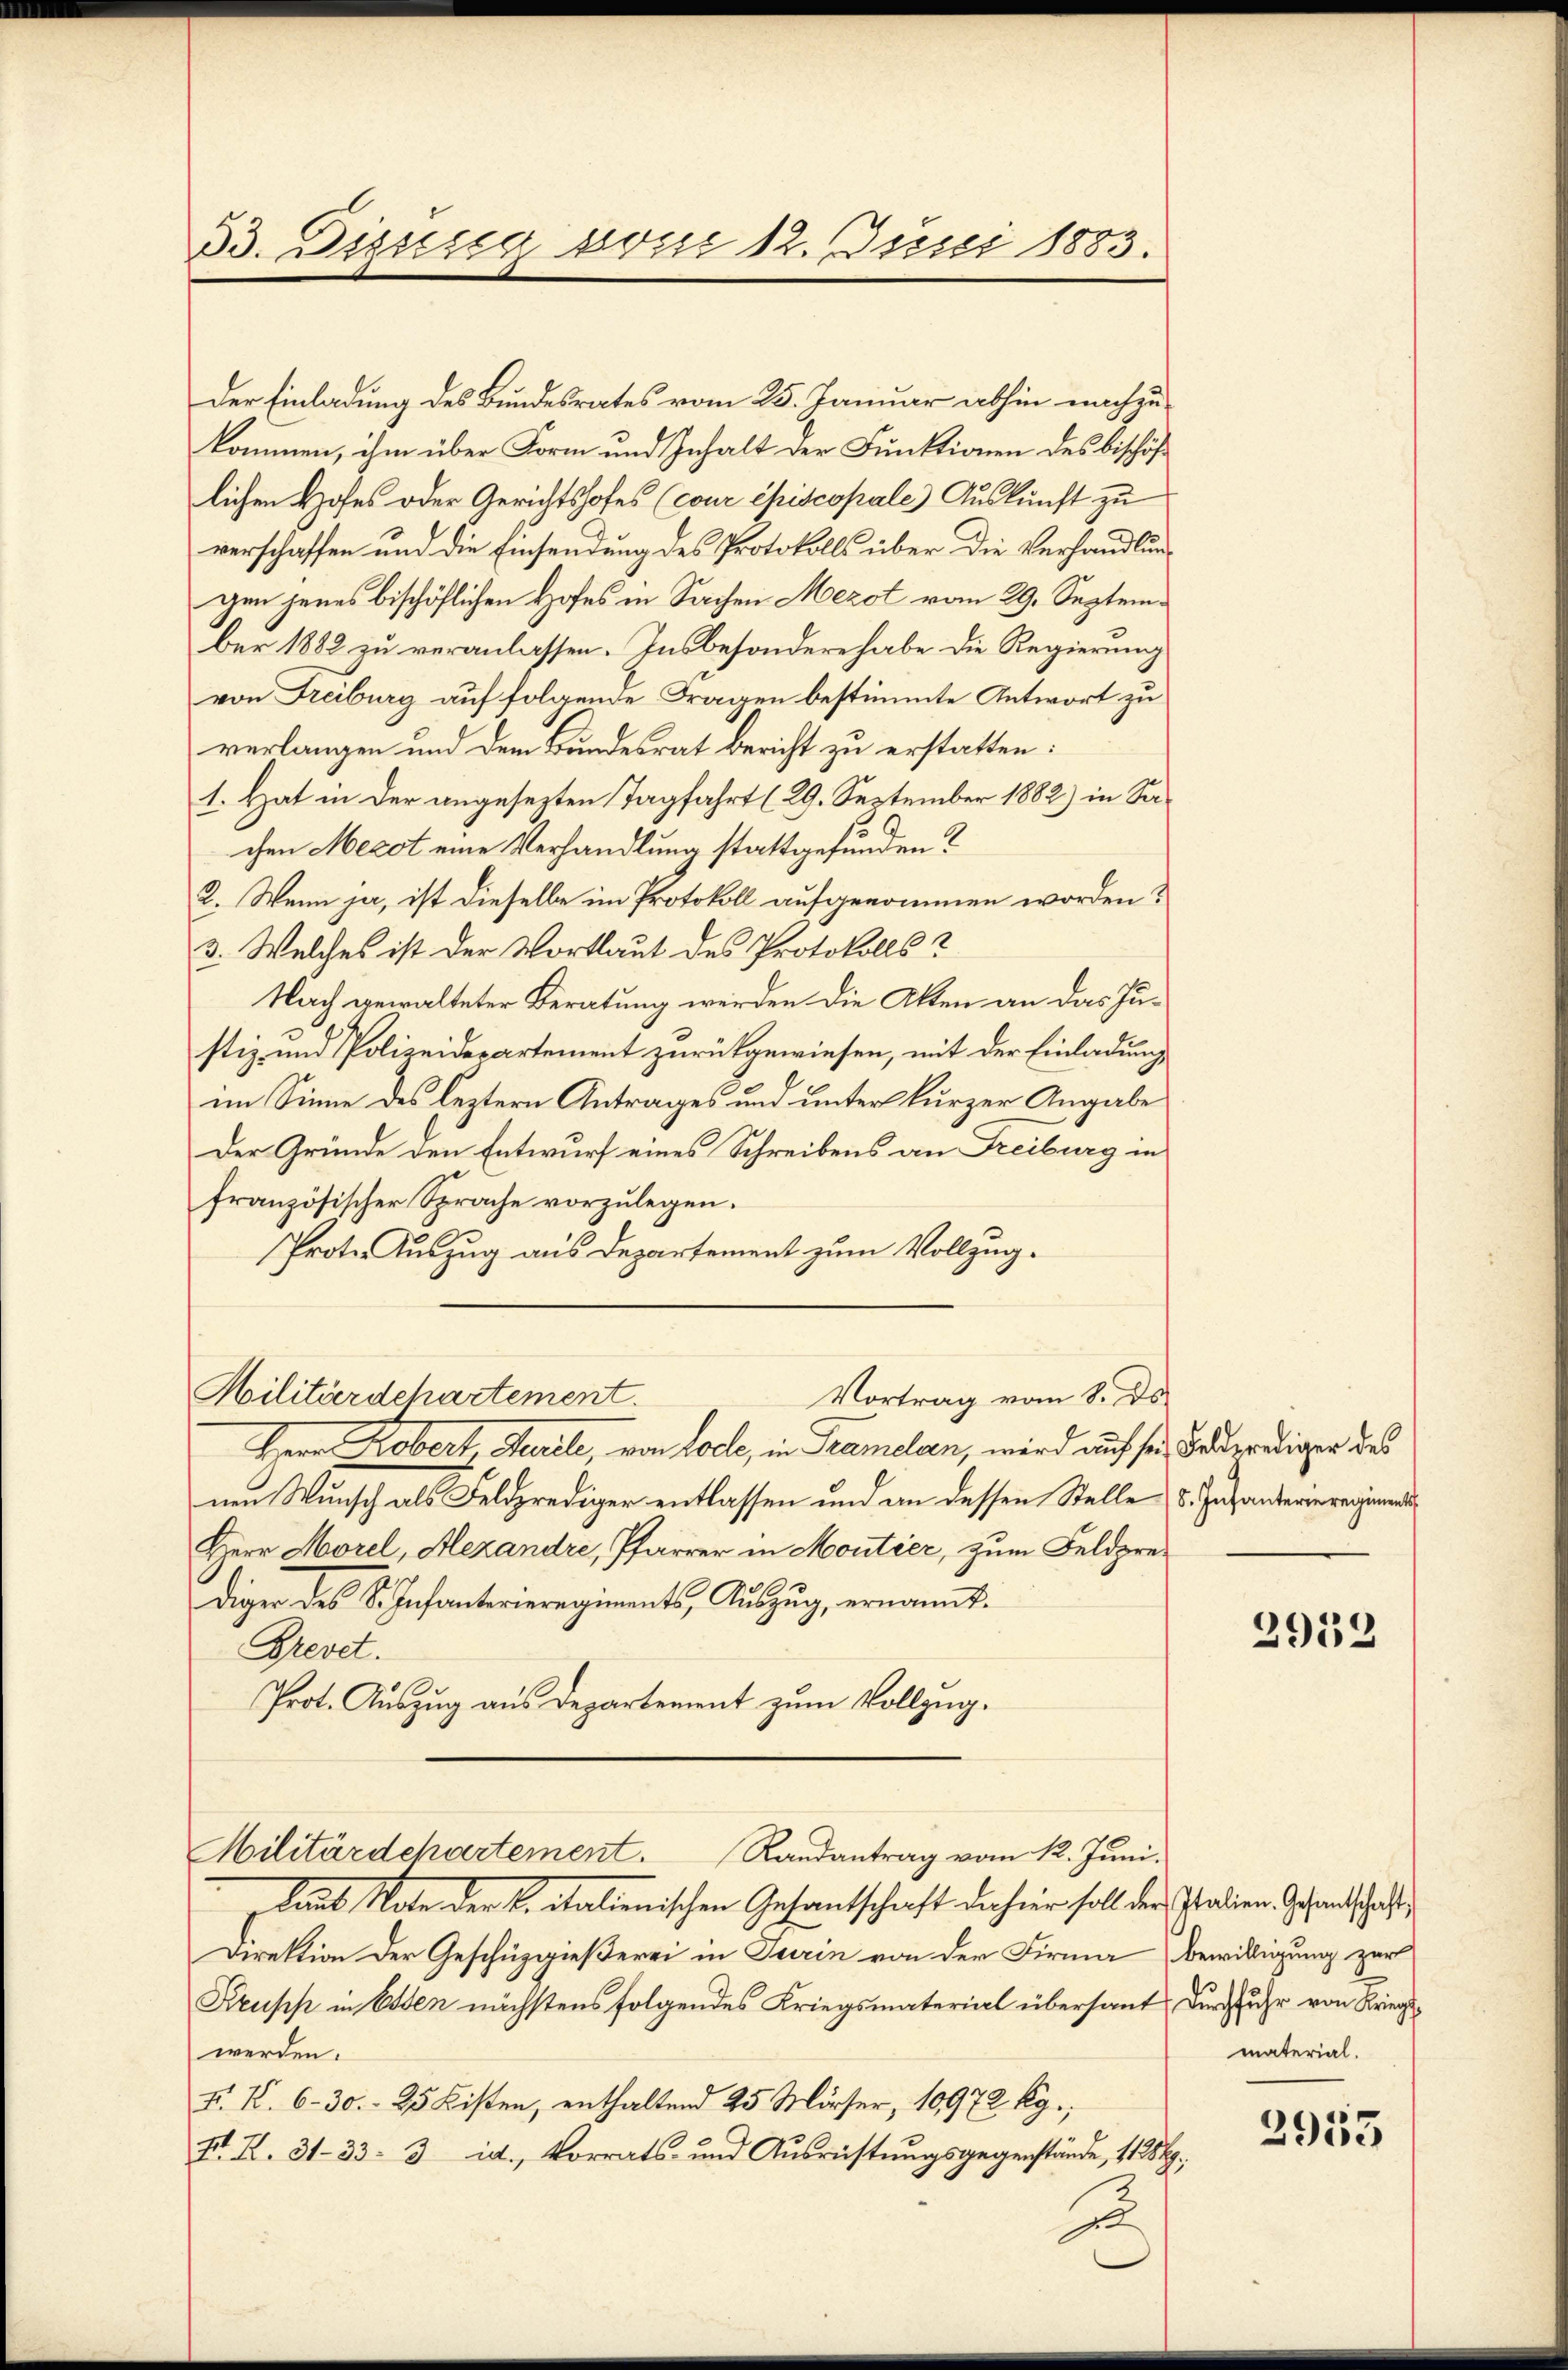
33. Dissesig vom 12. Juni 1883.

Der Einladung des Bundesrates vom 25. Januar abhin nachzu-
kommen, ihm über Form und Inhalt der Funktionen des bischöflichen Hofes oder Gerichtshofes (cour episcopale) Auskunft zu
verschaffen und die Einsendung des Protokolls über die Verhandlungen jenes bischöflichen Hofes in Sachen Mezot vom 29. September 1882 zu veranlassen. Insbesondere habe die Regierung
von Freiburg auf folgende Fragen bestimmte Antwort zu
verlangen und dem Bundesrat Bericht zu erstatten:
1. Hat in der angesezten Tagfahrt (29. September 1882) in Sachen Mezot eine Verhandlung stattgefunden?
2. Wenn ja, ist dieselbe im Protokoll aufgenommen worden?
3. Welches ist der Vortlaut des Protokolls?
Nach gewalteter Beratung werden die Akten an das Justiz- und Polizeidepartement zurückgewiesen, mit der Einladung
im Sinne des leztern Antrages und unter kurzer Angabe
Der Gründe den Entwurf eines Schreibens an Freiburg in
französischer Sprache vorzulegen.
Proto. Auszug aus Departement zum Vollzug.
Militärdechartement.
Vortrag vom 8. ds.
Herr Robert Marile, von Loche, in Tramelan, wird auf sei Badereiger des
nen Wunsch als Feldprediger entlassen und an dessen Stelle
Herr Morel, Alexandre, Pfarrer in Moutier, zum Feldprediger des S. Infanterieregiments, Auszug, ernannt.
Brevet.
Prot. Auszug aus Departement zum Vollzug.

laut Note der B. italienischen Gesantschaft dahier soll der Italien. Gesandtschaft
Direktion der Geschüzgießerei in Turin von der Firma bewilligung zur
Strupp in Essen nächstens folgendes Kriegsmaterial übersant durchfuhr von Kriegswerden.
II. K. 6-30.– 25 Kisten, enthaltend 25 Mörser, 10972 kg.,
II. I. 31. 33. 3 id., Vorrats- und Ausrüstungsgegenstände, 11254.
u

Militärdepartement. Randantrag vom k. Jŭni.

8. Infanterieregiments

2952

material.

2955